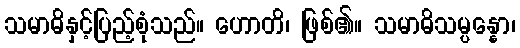
သမာဓိနှင့်ပြည့်စုံသည်။ ဟောတိ၊ ဖြစ်၏။ သမာဓိသမ္ပန္နော၊